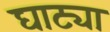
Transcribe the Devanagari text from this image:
घाट्या